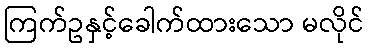
ကြက်ဥနှင့်ခေါက်ထားသော မလိုင်